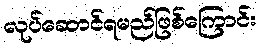
လုပ်ဆောင်ရမည်ဖြစ်ကြောင်း